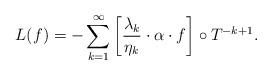
LaTeX: \begin{align*}L(f)=-\sum_{k=1}\sp \infty\left[\frac{\lambda_k}{\eta_k}\cdot\alpha\cdot f\right]\circ T\sp{-k+1}.\end{align*}